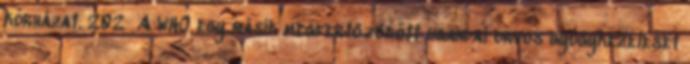
kórházat. 202 A WHO egy másik megfertőződött ugandai orvos gyógykezelését